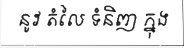
នូវ តំលៃ ទំនិញ ក្នុង